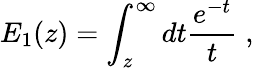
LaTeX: E_{1}(z)=\int_{z}^{\infty}dt\frac{e^{-t}}{t}\; ,